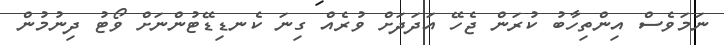
ނަމަވެސް އިންތިހާބު ކުރަން ޖެހޭ އަދަދަށް ވުރެއް ގިނަ ކެނޑިޑޭޓުންނަށް ވޯޓު ދިނުމުން